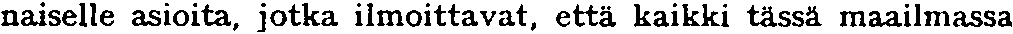
naiselle asioita, jotka ilmoittavat, että kaikki tässä maailmassa